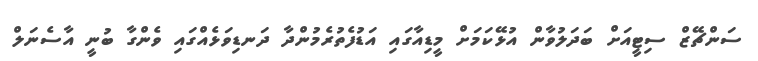
ސަންޗޭޒް ސިޓީއަށް ބަދަލުވާން އުޅޭކަމަށް މީޑިއާގައި އަޑުފެތުރެމުންދާ ދަނޑިވަޅެއްގައި ވެންގާ ބުނީ އާސެނަލް